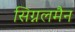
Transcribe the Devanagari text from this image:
सिग्नलमैन